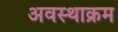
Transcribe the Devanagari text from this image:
अवस्थाक्रम